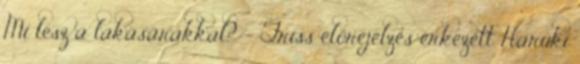
Mi lesz a lakásárakkal? - Friss előrejelzés érkezett Haruki